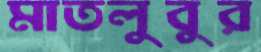
মাতলুবুর